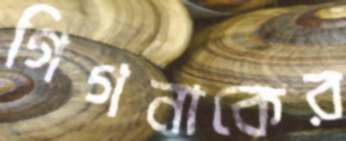
গিগনাকের